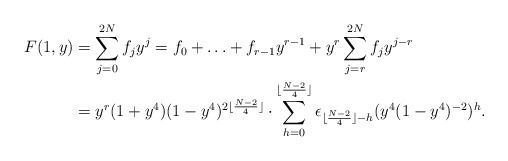
\begin{align*}F(1,y)&=\sum_{j=0}^{2N} f_j y^j = f_0+\ldots+f_{r-1}y^{r-1}+y^r\sum_{j=r}^{2N}f_jy^{j-r}\\&=y^r(1+ y^4)(1-y^4)^{2\lfloor \frac{N-2}{4}\rfloor}\cdot \sum_{h=0}^{\lfloor \frac{N-2}{4}\rfloor} \epsilon_{\lfloor\frac{N-2}{4}\rfloor -h} (y^{4} (1-y^4)^{-2})^h.\end{align*}